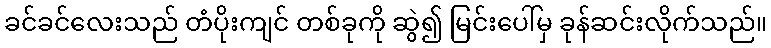
ခင်ခင်လေးသည် တံပိုးကျင် တစ်ခုကို ဆွဲ၍ မြင်းပေါ်မှ ခုန်ဆင်းလိုက်သည်။